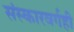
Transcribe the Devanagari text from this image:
संस्कारवर्गही